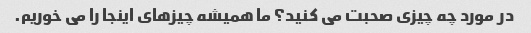
در مورد چه چیزی صحبت می کنید؟ ما همیشه چیزهای اینجا را می خوریم.